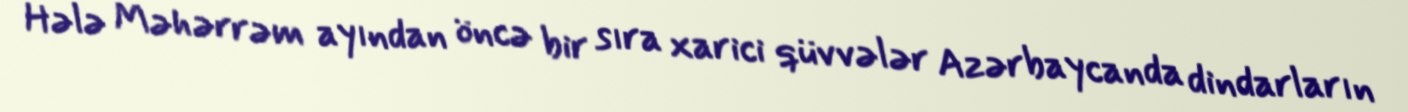
Hələ Məhərrəm ayından öncə bir sıra xarici qüvvələr Azərbaycanda dindarların